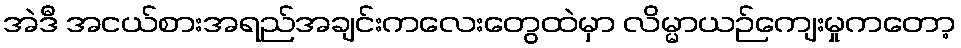
အဲဒီ အငယ်စားအရည်အချင်းကလေးတွေထဲမှာ လိမ္မာယဉ်ကျေးမှုကတော့